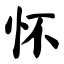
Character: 怀